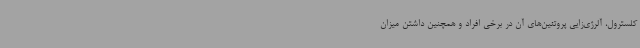
کلسترول، آلرژی‌زایی پروتئین‌های آن در برخی افراد و همچنین داشتن میزان